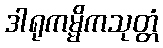
ဒါရုကမ္မိကသုတ္တံ